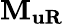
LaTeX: {{\mathbf{M}}_{{\mathbf{uR}}}}